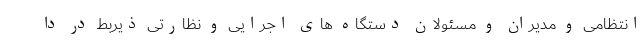
انتظامی و مدیران و مسئولان دستگاه های اجرایی و نظارتی ذیربط در دا